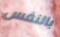
بالنفس